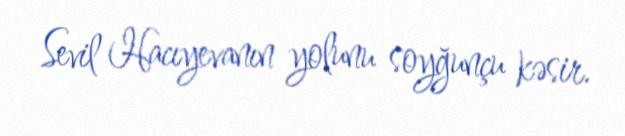
Sevil Hacıyevanın yolunu soyğunçu kəsir.